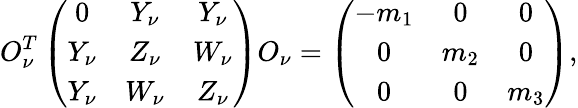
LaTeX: O_{\nu}^{T}\left(\begin{array}{ccc}{{0}}&{{Y_{\nu}}}&{{Y_{\nu}}}\\ {{Y_{\nu}}}&{{Z_{\nu}}}&{{W_{\nu}}}\\ {{Y_{\nu}}}&{{W_{\nu}}}&{{Z_{\nu}}}\end{array}\right)O_{\nu}=\left(\begin{array}{ccc}{{-m_{1}}}&{{0}}&{{0}}\\ {{0}}&{{m_{2}}}&{{0}}\\ {{0}}&{{0}}&{{m_{3}}}\end{array}\right),